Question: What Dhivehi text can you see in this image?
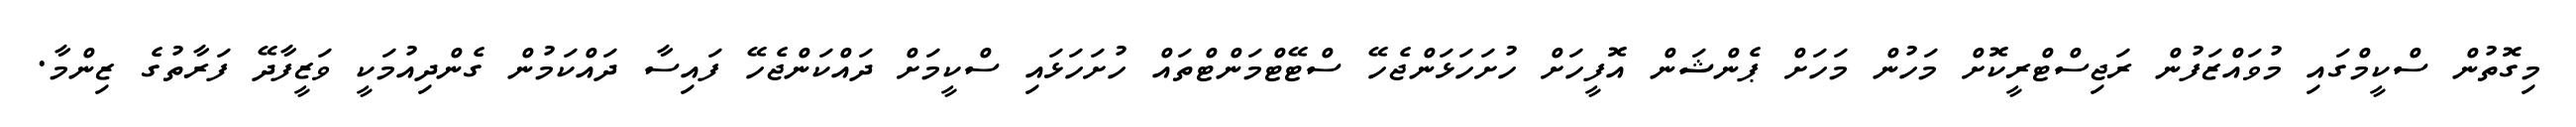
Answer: މިގޮތުން ސްކީމްގައި މުވައްޒަފުން ރަޖިސްޓްރީކޮށް މަހުން މަހަށް ޕެންޝަން އޮފީހަށް ހުށަހަޅަންޖެހޭ ސްޓޭޓްމަންޓްތައް ހުށަހަޅައި ސްކީމަށް ދައްކަންޖެހޭ ފައިސާ ދައްކަމުން ގެންދިއުމަކީ ވަޒީފާދޭ ފަރާތުގެ ޒިންމާ.